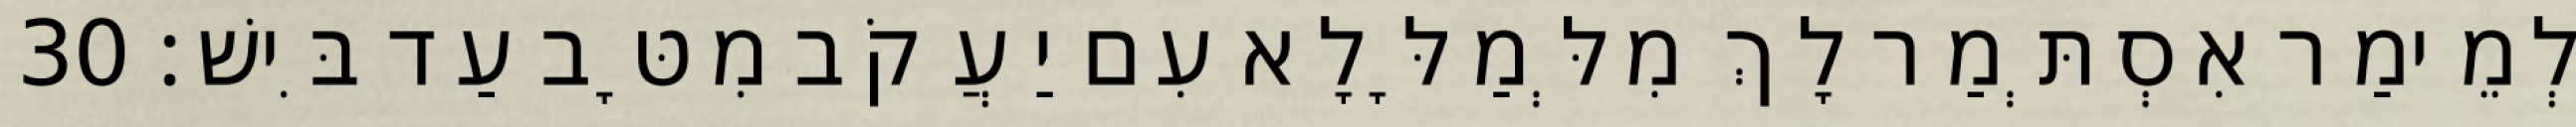
לְמֵימַר אִסְתְּמַר לָךְ מִלְּמַלָּלָא עִם יַעֲקֹב מִטָּב עַד בִּישׁ׃ 30